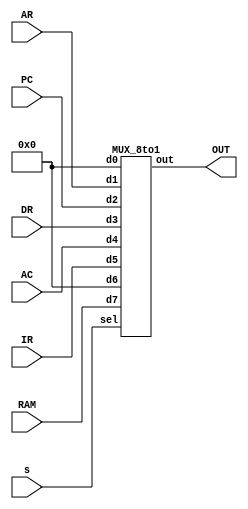
module BUS_SEL( 
    input [7:0] DR, AC, IR, RAM,
    input [3:0] AR, PC,
    input [2:0] s,
    output [7:0] OUT
); 
wire [7:0] mux_out;   

MUX_8to1 mux_8to1( 
    .d0(8'b0),
    .d1(AR), 
    .d2(PC), 
    .d3(DR), 
    .d4(AC), 
    .d5(IR), 
    .d6(8'b0), 
    .d7(RAM),
    .sel(s), 
    .out(OUT) 
); 
endmodule

module MUX_8to1( 
    input [7:0] d0, d3, d4, d5, d6, d7, // 8-bit input data 
    input [2:0] sel, 
    input [3:0] d2, d1, // Selection input 
    output reg [7:0] out // Output data 
); 
always @* begin 
    case (sel) 
        3'b000: out = d0; 
        3'b001: out = d1; 
        3'b010: out = d2; 
        3'b011: out = d3; 
        3'b100: out = d4; 
        3'b101: out = d5; 
        3'b110: out = d6; 
        3'b111: out = d7; 
    endcase 
end 
endmodule